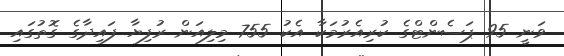
ވަނީ 95 ޕަސެންޓްގެ ކުރިއެރުމަކާ އެކު 755 މިލިއަން ރުފިޔާ ފައިދާގެ ގޮތުގައި